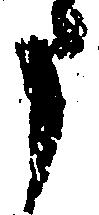
申